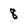
Character: 8